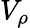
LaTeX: V_{\rho}